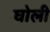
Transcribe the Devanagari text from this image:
घोली